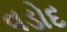
વડોદ